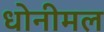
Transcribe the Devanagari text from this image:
धोनीमल